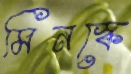
মিনস্কে